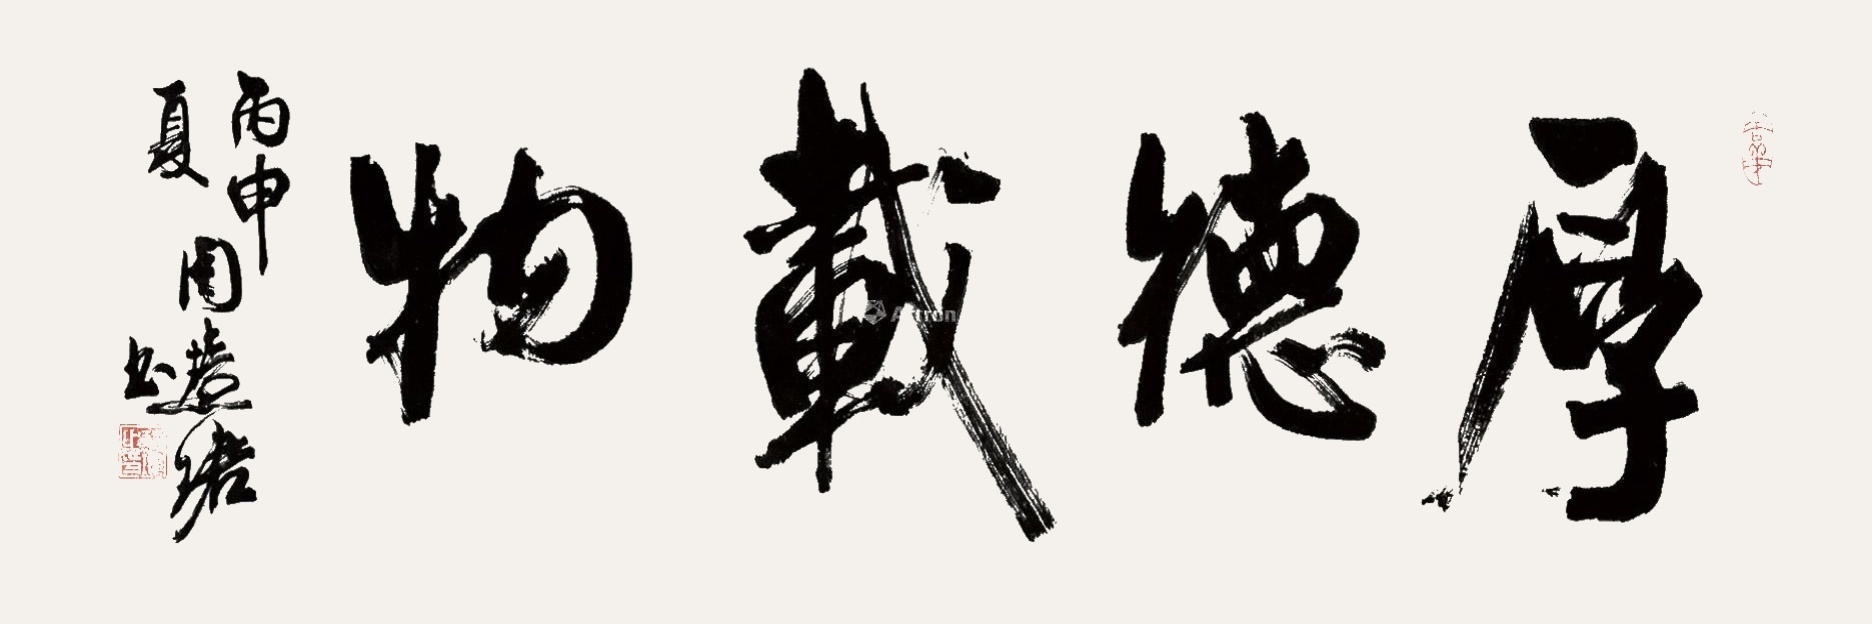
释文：厚德载物丙申夏，周慧珺书。